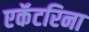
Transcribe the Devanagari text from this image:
एकॅटरिना